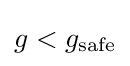
g<g_{\rm {safe}}